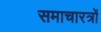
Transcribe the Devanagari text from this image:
समाचारत्रों